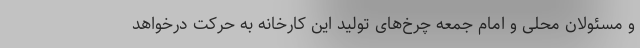
و مسئولان محلی و امام جمعه چرخ‌های تولید این کارخانه به حرکت درخواهد